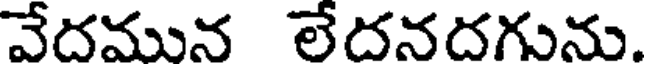
వేదమున లేదనదగును.